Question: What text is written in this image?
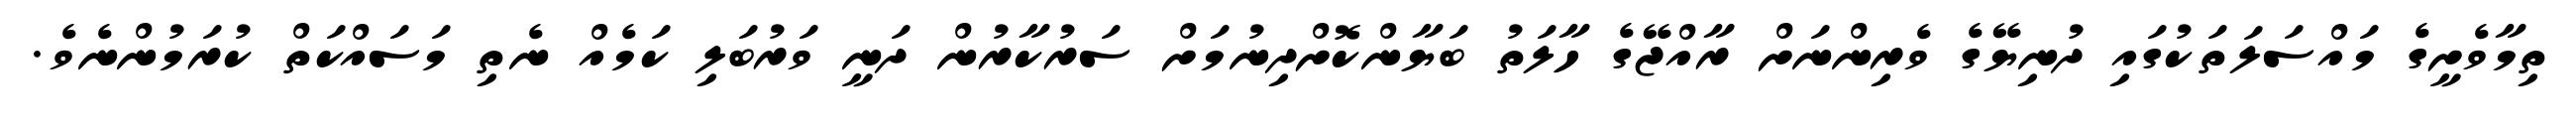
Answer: ތިމާވެށީގެ މައްސަލަތަކުގައި ދުނިޔޭގެ ވެރިންނަށް ރާއްޖޭގެ ހާލަތު ބަޔާންކޮށްދިނުމަށް ސަރުކާރުން ދަނީ ވަރުބަލި ކަމެއް ނެތި މަސައްކަތް ކުރަމުންނެވެ.